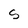
Character: S